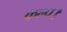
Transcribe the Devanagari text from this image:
कल्प।